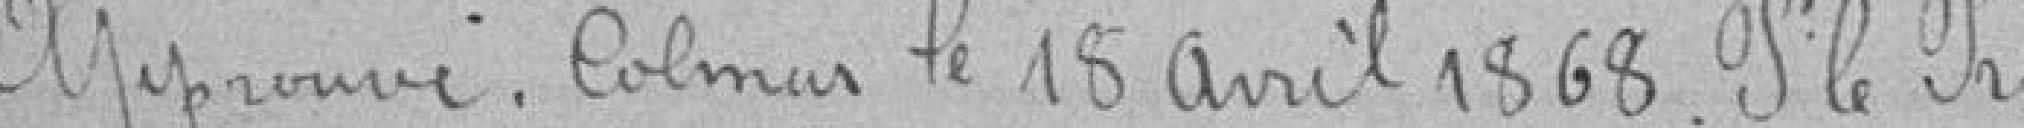
Approuvé. Colmar le 18 avril 1868 pour le Préfet